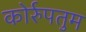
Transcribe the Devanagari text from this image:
कोर्रुपतुम